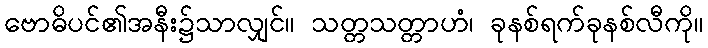
ဗောဓိပင်၏အနီး၌သာလျှင်။ သတ္တသတ္တာဟံ၊ ခုနစ်ရက်ခုနစ်လီကို။